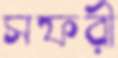
সফরী